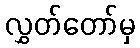
လွှတ်တော်မှ